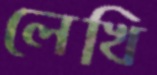
লেখি